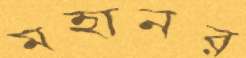
মহানর